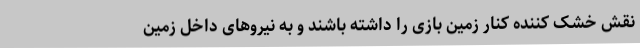
نقش خشک کننده کنار زمین بازی را داشته باشند و به نیروهای داخل زمین